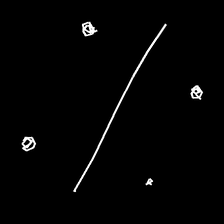
Glyph: cool